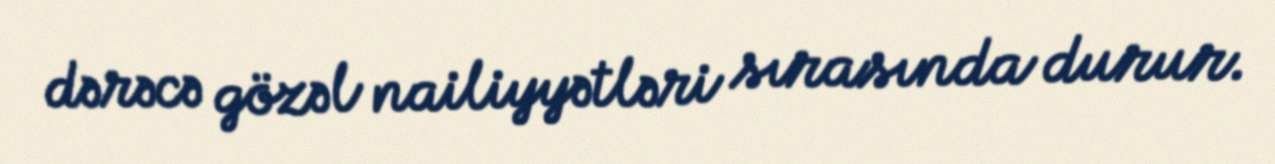
dərəcə gözəl nailiyyətləri sırasında durur.